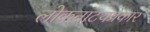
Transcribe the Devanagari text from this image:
लोकनाटयप्रकार